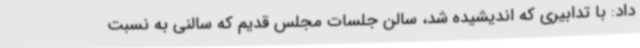
داد: با تدابیری که اندیشیده شد، سالن جلسات مجلس قدیم که سالنی به نسبت